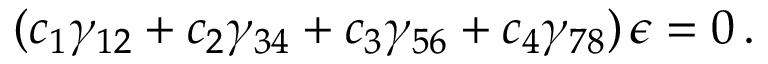
( c _ { 1 } \gamma _ { 1 2 } + c _ { 2 } \gamma _ { 3 4 } + c _ { 3 } \gamma _ { 5 6 } + c _ { 4 } \gamma _ { 7 8 } ) \, \epsilon = 0 \, .